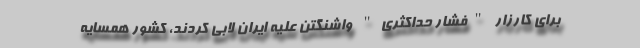
برای کارزار "فشار حداکثری" واشنگتن علیه ایران لابی کردند، کشور همسایه